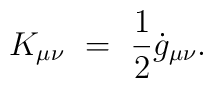
K_{\mu\nu}~=~\frac{1}{2}\dot{g}_{\mu\nu}.